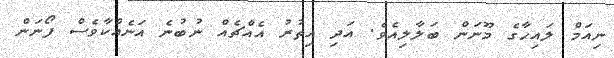
ނިއަމް ލައިހާގެ މޫނަން ބަލާލިއެވެ. އަދި އިތުރު އެއްޗެއް ނުބުނެ އަނެއްކާވެސް ފޯނަން